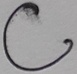
Text: C